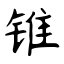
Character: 锥